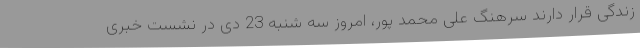
زندگی قرار دارند سرهنگ علی محمد پور، امروز سه شنبه 23 دی در نشست خبری